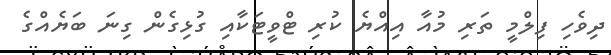
ދިވެހި ފިލްމީ ތަރި މުއާ އިއްޔެ ކުރި ޓްވީޓަކާއި ގުޅިގެން ގިނަ ބަޔެއްގެ